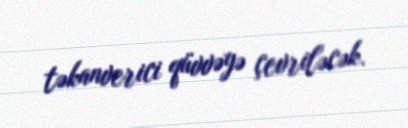
təkanverici qüvvəyə çevriləcək.